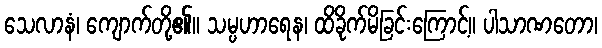
သေလာနံ၊ ကျောက်တို့၏။ သမ္ပဟာရေန၊ ထိခိုက်မိခြင်းကြောင့်။ ပါသာဏတော၊